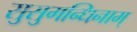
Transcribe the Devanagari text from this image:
सुसुगन्धिनाम्